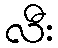
လီး